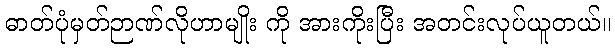
ဓာတ်ပုံမှတ်ဉာဏ်လိုဟာမျိုး ကို အားကိုးပြီး အတင်းလုပ်ယူတယ်။